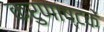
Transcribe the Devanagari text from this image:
करुणाष्टकें